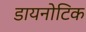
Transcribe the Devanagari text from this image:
डायनोटिक